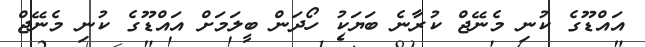
އައްޑޫގެ ކުނި މެނޭޖް ކުރާނެ ބަޔަކު ހޯދަން ބީލަމަށް އައްޑޫގެ ކުނި މެނޭޖް